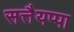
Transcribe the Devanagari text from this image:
सत्तैयप्पा